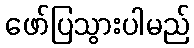
ဖော်ပြသွားပါမည်